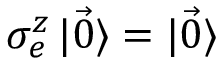
\sigma _ { e } ^ { z } \mathinner { | { \vec { 0 } } \rangle } = \mathinner { | { \vec { 0 } } \rangle }